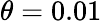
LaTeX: \theta=0.01